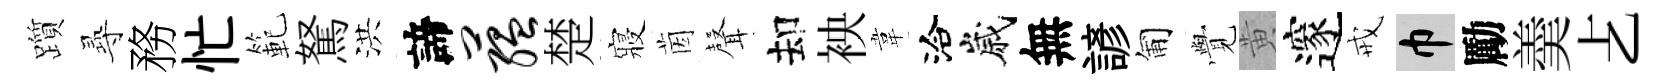
躓𡬶務忙範駑洪諦蕴楚寢茵𮋻却䘧韋洽嵗無諺匍𮗜黄邃戒巾勵羮𠧒